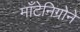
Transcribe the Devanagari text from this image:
माँटेनिग्रोने